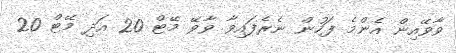
ވާވޭއިން އެންމެ ފަހުން ނެރެފައިވާ ވާވޭ މޭޓް 20 އަދި މޭޓް 20